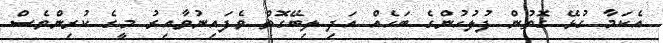
އެކަމާ ގުޅޭ ގޮތުން ފުލުހުންގެ ބަހެއް އަދި ލިބޭގޮތް ވެފައިނުވާއިރު މީގެ ކުރިންވެސް